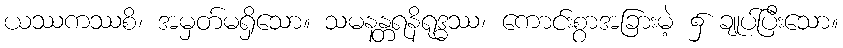
ယဿကဿစိ၊ အမှတ်မရှိသော။ သမနန္တရနိရုဒ္ဓဿ၊ ကောင်းစွာအခြားမဲ့ ၌ ချုပ်ပြီးသော။